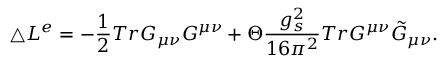
\triangle { \cal L } ^ { e } = - \frac { 1 } { 2 } T r G _ { \mu \nu } G ^ { \mu \nu } + \Theta \frac { g _ { s } ^ { 2 } } { 1 6 \pi ^ { 2 } } T r G ^ { \mu \nu } \tilde { G } _ { \mu \nu } .